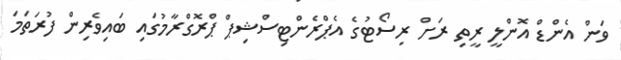
ވަން އެންޑް އޮންލީ ރީތި ރަށް ރިސޯޓުގެ އެޕްރެންޓިސްޝިޕް ޕްރޮގްރާމުގައި ބައިވެރިން ފުރަތަމަ